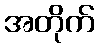
အတိုက်